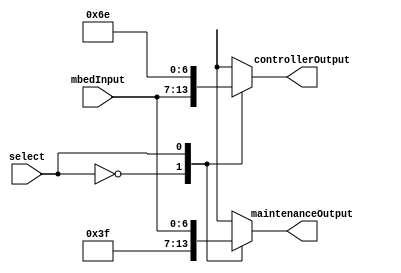
module multiplexerSeven(select, mbedInput, controllerOutput, maintenanceOutput);

input [0:0] select;	//select line
input [6:0] mbedInput;	//input

output [6:0] controllerOutput, maintenanceOutput;	//two options for the output signal

reg [6:0] controllerOutput, maintenanceOutput;	//reg

initial controllerOutput <= 7'b1101110;
initial maintenanceOutput <= 7'b0111111;

parameter controller = 1'b0, maintenance = 1'b1; //states

always@(select or mbedInput)
	begin
		case(select)
			controller:
				begin
				controllerOutput <= mbedInput;	//set output to controller(normal mode)
				maintenanceOutput <= 7'b0111111;	//set maintenance to do nothing state
				end
			maintenance:
				begin
				maintenanceOutput <= mbedInput;	//set output to maintenance mode
				controllerOutput <= 7'b1101110;	//set controller to do nothing state
				end
		endcase
	end
endmodule